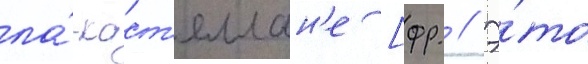
ла́-каст'еллан'е [фр. // Э́то